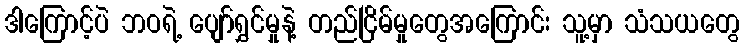
ဒါကြောင့်ပဲ ဘဝရဲ့ ပျော်ရွှင်မှုနဲ့ တည်ငြိမ်မှုတွေအကြောင်း သူ့မှာ သံသယတွေ